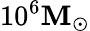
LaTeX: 10^{6}\mathbf{M}_{\odot}